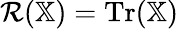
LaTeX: \mathcal{R}(\mathbb{X})=\operatorname{Tr}(\mathbb{X})